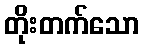
တိုးတက်သော